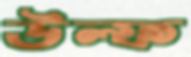
উল্ফ